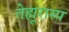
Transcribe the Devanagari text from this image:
तेह्मूरास्प